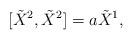
LaTeX: \begin{align*}[\tilde{X}^{2},\tilde{X}^{2}]=a\tilde{X}^{1},\end{align*}